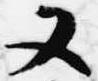
又